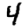
Digit: 4